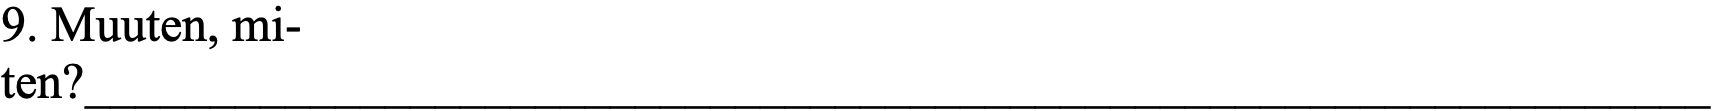
9. Muuten, mi- ten?_________________________________________________________________